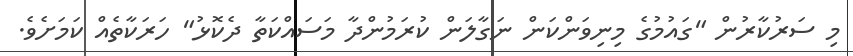
މި ސަރުކާރުން "ގައުމުގެ މިނިވަންކަން ނަގާލަން ކުރަމުންދާ މަސައްކަތާ ދެކޮޅު" ހަރަކާތެއް ކަމަށެވެ.